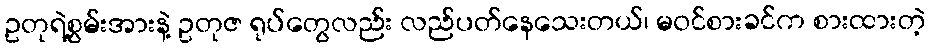
ဥတုရဲ့စွမ်းအားနဲ့ ဥတုဇ ရုပ်တွေလည်း လည်ပတ်နေသေးတယ်၊ မဝင်စားခင်က စားထားတဲ့